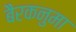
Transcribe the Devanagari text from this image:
बैरकनुमा